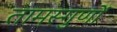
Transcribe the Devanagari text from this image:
तामस्गुणों